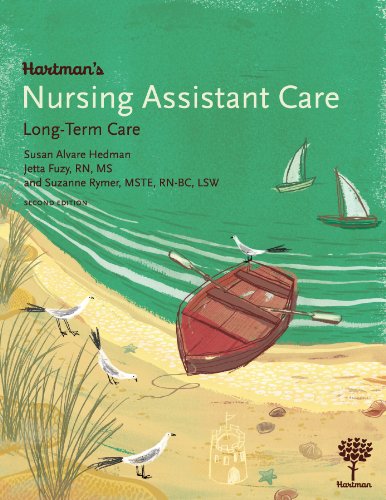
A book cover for Hartman's Nursing Assistant Care: Long-Term Care, 2e; Susan Alvare Hedman; Medical Books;